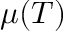
\mu ( T )